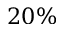
2 0 \%